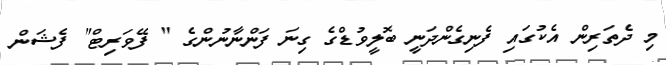
މި ދެތަރިން އެކުގައި ފެނިގެންދަނީ ބޮލީވުޑްގެ ގިނަ ފަންނާނުންގެ " ފޭވަރިޓް" ފެޝަން